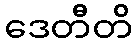
ဒေတီတိ